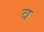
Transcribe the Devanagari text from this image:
व